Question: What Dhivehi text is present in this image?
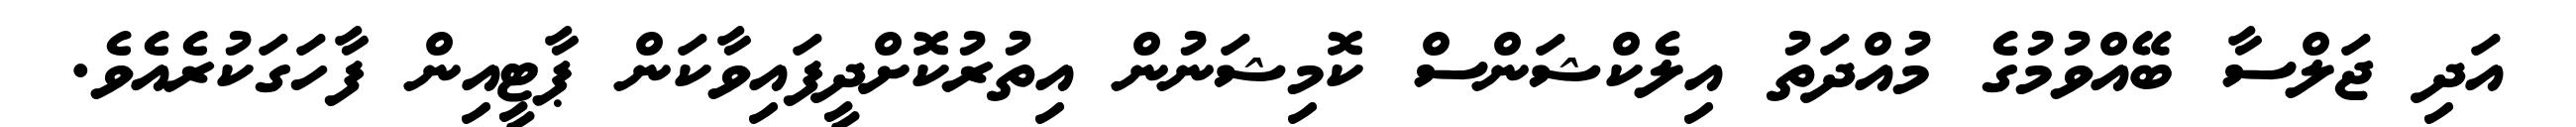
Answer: އަދި ޖަލްސާ ބޭއްވުމުގެ މުއްދަތު އިލެކްޝަންސް ކޮމިޝަނުން އިތުރުކޮށްދީފައިވާކަން ޕާޓީއިން ފާހަގަކުރެއެވެ.